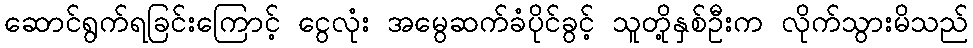
ဆောင်ရွက်ရခြင်းကြောင့် ငွေလုံး အမွေဆက်ခံပိုင်ခွင့် သူတို့နှစ်ဦးက လိုက်သွားမိသည်